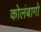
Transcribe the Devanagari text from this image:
कोलंबागो